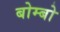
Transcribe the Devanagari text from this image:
बोम्बो